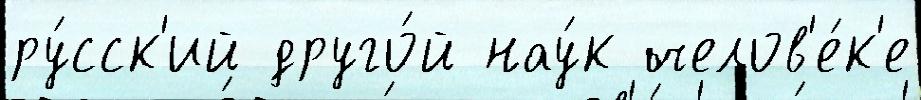
ру́сск'ий друго́й нау́к челов'е́к'е